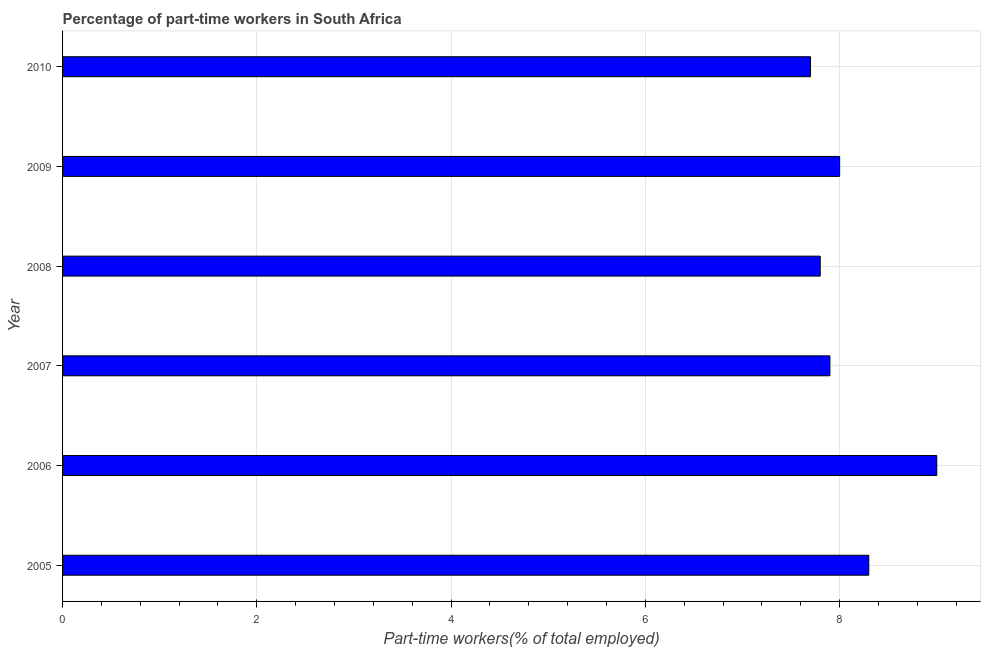
| Year | Part time employment |
 | --- | --- |
 | 2005 | 8.3 |
 | 2006 | 9 |
 | 2007 | 7.9 |
 | 2008 | 7.8 |
 | 2009 | 8 |
 | 2010 | 7.7 |